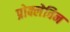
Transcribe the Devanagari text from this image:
प्रोक्लेविन